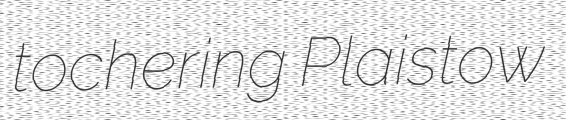
tochering Plaistow